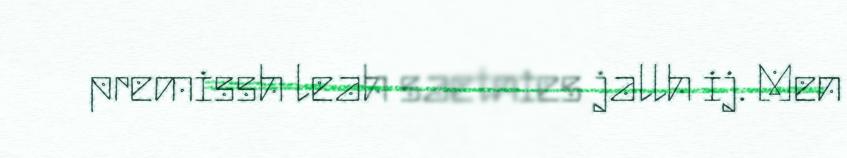
premissh leah saetnies jallh ij. Men